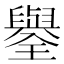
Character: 𦦮